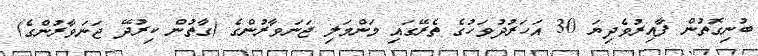
ބުނިގޮތުން ފާއިރުވެދިޔަ 30 އަހަރުދުވަހުގެ ތެރޭގައި މަންމަލި ޖަނަވާރުންގެ (ގާތުން ކިރުދޭ ޖަނަވާރުންގެ)